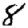
Digit: 8